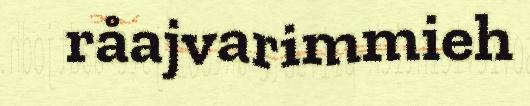
råajvarimmieh